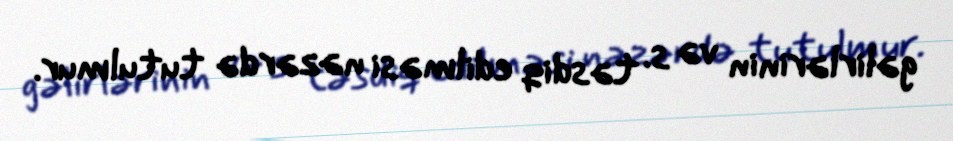
gəlirlərinin və s. təsdiq edilməsi nəzərdə tutulmur.